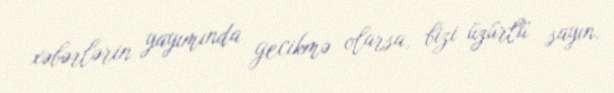
xəbərlərin yayımında gecikmə olarsa, bizi üzürlü sayın.